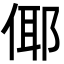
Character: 倻